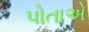
પોતાએ